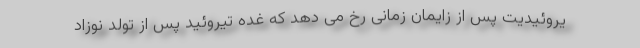
یروئیدیت پس از زایمان زمانی رخ می دهد که غده تیروئید پس از تولد نوزاد